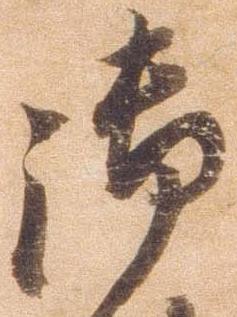
御